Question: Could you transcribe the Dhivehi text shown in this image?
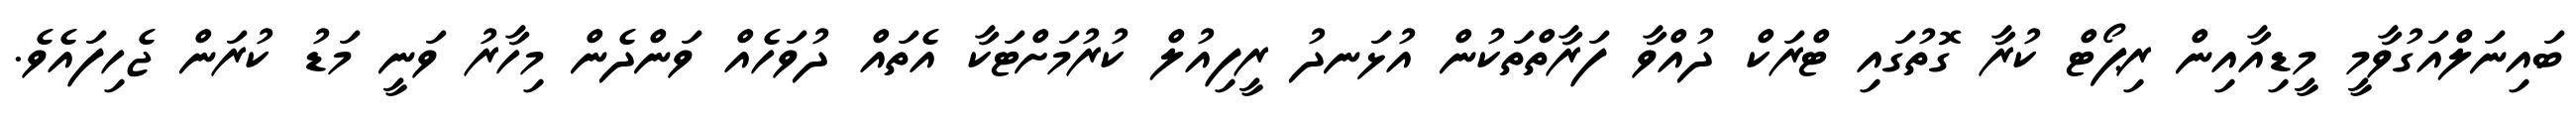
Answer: ބައިނަލްއަގުވާމީ މީޑިއާއިން ރިޕޯޓް ކުރާ ގޮތުގައި ޓްރަކް ދުއްވާ ފަރާތްތަކުން އުޅަނދު ރީފިއުލް ކުރުމަށްޓަކާ އެތައް ދުވަހެއް ވަންދެން މިހާރު ވަނީ މަޑު ކުރަން ޖެހިފައެވެ.